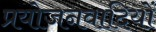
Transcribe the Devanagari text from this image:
प्रयोजनवादियों